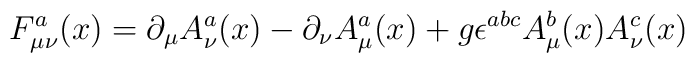
F^a_{\mu\nu}(x) = \partial_{\mu}A^a_{\nu}(x) - \partial_{\nu}A^a_{\mu}(x) + g\epsilon^{abc}A^b_{\mu}(x) A^c_{\nu}(x)